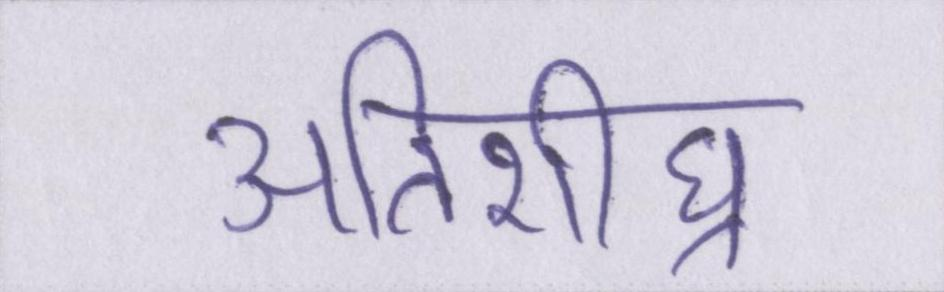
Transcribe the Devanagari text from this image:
अतिशीघ्र